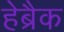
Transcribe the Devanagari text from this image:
हेब्रैक